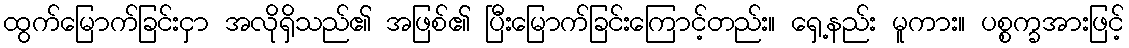
ထွက်မြောက်ခြင်းငှာ အလိုရှိသည်၏ အဖြစ်၏ ပြီးမြောက်ခြင်းကြောင့်တည်း။ ရှေ့နည်း မူကား။ ပစ္စက္ခအားဖြင့်